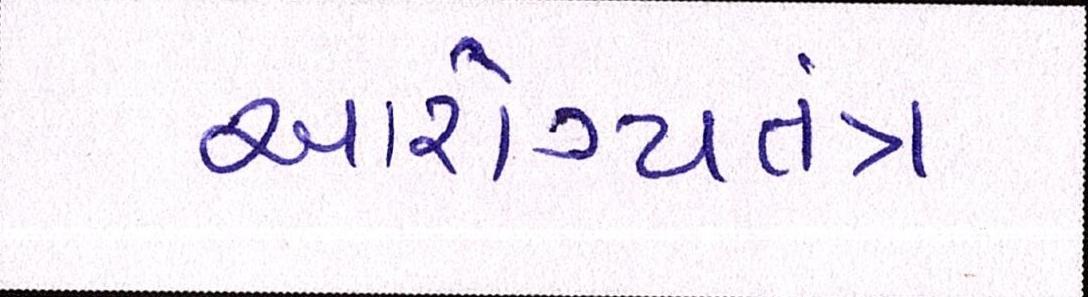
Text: આરોગ્યતંત્ર